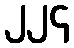
၂၂၄